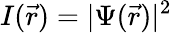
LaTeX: I(\vec{r})=|\Psi(\vec{r})|^{2}